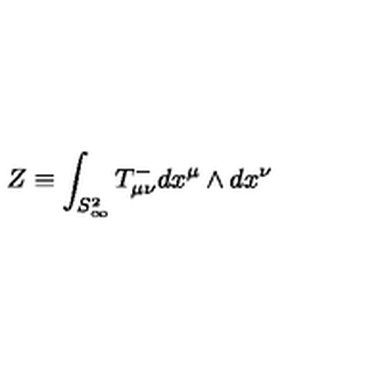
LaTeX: Z \equiv \int _ { S _ { \infty } ^ { 2 } } T _ { \mu \nu } ^ { - } d x ^ { \mu } \wedge d x ^ { \nu }